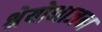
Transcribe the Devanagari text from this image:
श्रेयोभाजन